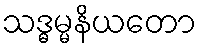
သဒ္ဓမ္မနိယတော